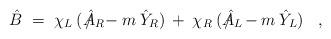
LaTeX: \begin{align*}\hat{B} \;=\; \chi_L \:(\hat{A}_R \!\!\!\!\!\!\!\slash \;\:- m \:\hat{Y}_R) \:+\:\chi_R \:(\hat{A}_L \!\!\!\!\!\!\!\slash \;\;- m \:\hat{Y}_L) \;\;\; ,\end{align*}